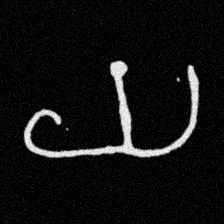
Pyu character \u2014 Myanmar letter: ယ (romanized: ya)